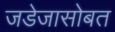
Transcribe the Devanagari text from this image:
जडेजासोबत